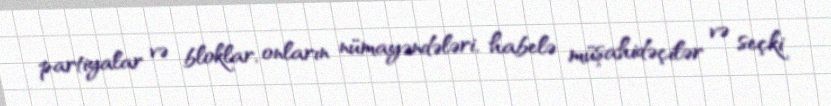
partiyalar və bloklar, onların nümayəndələri, habelə müşahidəçilər və seçki